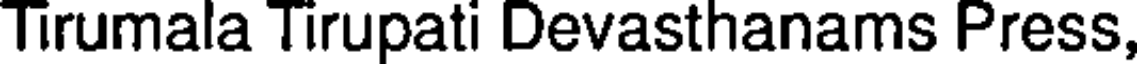
Tirumala Tirupati Devasthanams Press,